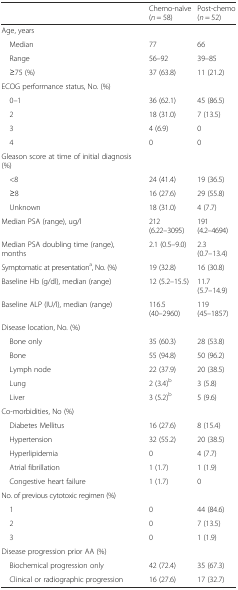
<table><thead><tr><td></td><td><b>Chemo-naïve (<i>n</i> = 58)</b></td><td><b>Post-chemo (<i>n</i> = 52)</b></td></tr></thead><tbody><tr><td>Age, years</td><td></td><td></td></tr><tr><td> Median</td><td>77</td><td>66</td></tr><tr><td> Range</td><td>56–92</td><td>39–85</td></tr><tr><td> ≥75 (%)</td><td>37 (63.8)</td><td>11 (21.2)</td></tr><tr><td>ECOG performance status, No. (%)</td><td></td><td></td></tr><tr><td> 0–1</td><td>36 (62.1)</td><td>45 (86.5)</td></tr><tr><td> 2</td><td>18 (31.0)</td><td>7 (13.5)</td></tr><tr><td> 3</td><td>4 (6.9)</td><td>0</td></tr><tr><td> 4</td><td>0</td><td>0</td></tr><tr><td>Gleason score at time of initial diagnosis (%)</td><td></td><td></td></tr><tr><td> &lt;8</td><td>24 (41.4)</td><td>19 (36.5)</td></tr><tr><td> ≥8</td><td>16 (27.6)</td><td>29 (55.8)</td></tr><tr><td> Unknown</td><td>18 (31.0)</td><td>4 (7.7)</td></tr><tr><td>Median PSA (range), ug/l</td><td>212 (6.22–3095)</td><td>191 (4.2–4694)</td></tr><tr><td>Median PSA doubling time (range), months</td><td>2.1 (0.5–9.0)</td><td>2.3 (0.7–13.4)</td></tr><tr><td>Symptomatic at presentation<sup>a</sup>, No. (%)</td><td>19 (32.8)</td><td>16 (30.8)</td></tr><tr><td>Baseline Hb (g/dl), median (range)</td><td>12 (5.2–15.5)</td><td>11.7 (5.7–14.9)</td></tr><tr><td>Baseline ALP (IU/l), median (range)</td><td>116.5 (40–2960)</td><td>119 (45–1857)</td></tr><tr><td>Disease location, No. (%)</td><td></td><td></td></tr><tr><td> Bone only</td><td>35 (60.3)</td><td>28 (53.8)</td></tr><tr><td> Bone</td><td>55 (94.8)</td><td>50 (96.2)</td></tr><tr><td> Lymph node</td><td>22 (37.9)</td><td>20 (38.5)</td></tr><tr><td> Lung</td><td>2 (3.4)<sup>b</sup></td><td>3 (5.8)</td></tr><tr><td> Liver</td><td>3 (5.2)<sup>b</sup></td><td>5 (9.6)</td></tr><tr><td>Co-morbidities, No (%)</td><td></td><td></td></tr><tr><td> Diabetes Mellitus</td><td>16 (27.6)</td><td>8 (15.4)</td></tr><tr><td> Hypertension</td><td>32 (55.2)</td><td>20 (38.5)</td></tr><tr><td> Hyperlipidemia</td><td>0</td><td>4 (7.7)</td></tr><tr><td> Atrial fibrillation</td><td>1 (1.7)</td><td>1 (1.9)</td></tr><tr><td> Congestive heart failure</td><td>1 (1.7)</td><td>0</td></tr><tr><td>No. of previous cytotoxic regimen (%)</td><td></td><td></td></tr><tr><td> 1</td><td>0</td><td>44 (84.6)</td></tr><tr><td> 2</td><td>0</td><td>7 (13.5)</td></tr><tr><td> 3</td><td>0</td><td>1 (1.9)</td></tr><tr><td>Disease progression prior AA (%)</td><td></td><td></td></tr><tr><td> Biochemical progression only</td><td>42 (72.4)</td><td>35 (67.3)</td></tr><tr><td> Clinical or radiographic progression</td><td>16 (27.6)</td><td>17 (32.7)</td></tr></tbody></table>